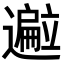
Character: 𬩢